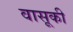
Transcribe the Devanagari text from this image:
वासूकी